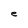
Character: e